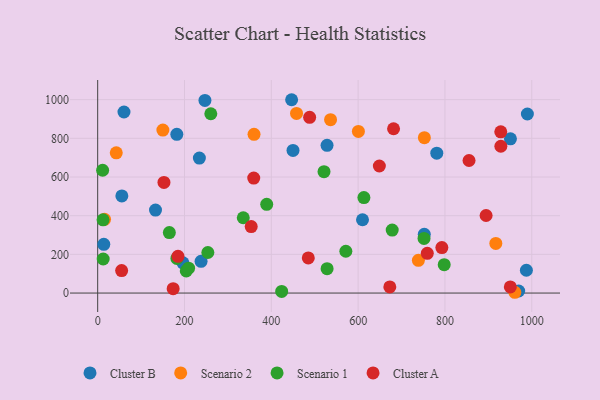
{"axis": {"x": "Distance", "y": "Exam Score"}, "legend": ["Cluster A", "Cluster B", "Scenario 1", "Scenario 2"], "data": [{"x": "60.6", "y": 936.3, "type": "Cluster B"}, {"x": "528.4", "y": 763.7, "type": "Cluster B"}, {"x": "969.9", "y": 10.6, "type": "Cluster B"}, {"x": "450.0", "y": 737.7, "type": "Cluster B"}, {"x": "752.4", "y": 304.1, "type": "Cluster B"}, {"x": "987.6", "y": 118.0, "type": "Cluster B"}, {"x": "14.1", "y": 251.7, "type": "Cluster B"}, {"x": "234.3", "y": 698.0, "type": "Cluster B"}, {"x": "133.2", "y": 429.0, "type": "Cluster B"}, {"x": "238.2", "y": 164.3, "type": "Cluster B"}, {"x": "610.1", "y": 379.1, "type": "Cluster B"}, {"x": "182.3", "y": 820.8, "type": "Cluster B"}, {"x": "781.2", "y": 723.1, "type": "Cluster B"}, {"x": "950.9", "y": 797.6, "type": "Cluster B"}, {"x": "989.9", "y": 926.0, "type": "Cluster B"}, {"x": "196.4", "y": 156.5, "type": "Cluster B"}, {"x": "247.1", "y": 995.9, "type": "Cluster B"}, {"x": "55.7", "y": 502.3, "type": "Cluster B"}, {"x": "446.8", "y": 999.7, "type": "Cluster B"}, {"x": "536.5", "y": 896.5, "type": "Scenario 2"}, {"x": "42.8", "y": 724.9, "type": "Scenario 2"}, {"x": "752.6", "y": 803.2, "type": "Scenario 2"}, {"x": "15.8", "y": 381.2, "type": "Scenario 2"}, {"x": "738.8", "y": 169.2, "type": "Scenario 2"}, {"x": "360.2", "y": 820.7, "type": "Scenario 2"}, {"x": "150.2", "y": 842.9, "type": "Scenario 2"}, {"x": "458.1", "y": 929.0, "type": "Scenario 2"}, {"x": "600.6", "y": 835.9, "type": "Scenario 2"}, {"x": "917.2", "y": 256.5, "type": "Scenario 2"}, {"x": "961.0", "y": 4.0, "type": "Scenario 2"}, {"x": "571.7", "y": 216.2, "type": "Scenario 1"}, {"x": "12.4", "y": 378.4, "type": "Scenario 1"}, {"x": "521.4", "y": 627.6, "type": "Scenario 1"}, {"x": "11.4", "y": 634.9, "type": "Scenario 1"}, {"x": "423.9", "y": 8.3, "type": "Scenario 1"}, {"x": "253.8", "y": 209.6, "type": "Scenario 1"}, {"x": "335.4", "y": 389.4, "type": "Scenario 1"}, {"x": "182.5", "y": 178.8, "type": "Scenario 1"}, {"x": "678.5", "y": 325.5, "type": "Scenario 1"}, {"x": "389.4", "y": 458.6, "type": "Scenario 1"}, {"x": "798.3", "y": 146.8, "type": "Scenario 1"}, {"x": "528.5", "y": 125.9, "type": "Scenario 1"}, {"x": "165.1", "y": 312.7, "type": "Scenario 1"}, {"x": "204.1", "y": 114.6, "type": "Scenario 1"}, {"x": "751.8", "y": 282.7, "type": "Scenario 1"}, {"x": "12.7", "y": 176.0, "type": "Scenario 1"}, {"x": "260.6", "y": 927.3, "type": "Scenario 1"}, {"x": "209.4", "y": 128.7, "type": "Scenario 1"}, {"x": "613.3", "y": 493.7, "type": "Scenario 1"}, {"x": "353.7", "y": 343.6, "type": "Cluster A"}, {"x": "894.8", "y": 400.9, "type": "Cluster A"}, {"x": "928.8", "y": 759.1, "type": "Cluster A"}, {"x": "928.6", "y": 833.8, "type": "Cluster A"}, {"x": "173.9", "y": 22.7, "type": "Cluster A"}, {"x": "185.0", "y": 189.7, "type": "Cluster A"}, {"x": "488.3", "y": 908.5, "type": "Cluster A"}, {"x": "759.3", "y": 205.5, "type": "Cluster A"}, {"x": "55.2", "y": 116.3, "type": "Cluster A"}, {"x": "648.9", "y": 657.0, "type": "Cluster A"}, {"x": "485.2", "y": 181.5, "type": "Cluster A"}, {"x": "792.9", "y": 235.0, "type": "Cluster A"}, {"x": "152.7", "y": 572.0, "type": "Cluster A"}, {"x": "673.0", "y": 31.9, "type": "Cluster A"}, {"x": "359.5", "y": 594.7, "type": "Cluster A"}, {"x": "950.6", "y": 31.6, "type": "Cluster A"}, {"x": "681.6", "y": 849.5, "type": "Cluster A"}, {"x": "855.5", "y": 685.4, "type": "Cluster A"}]}